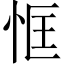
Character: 恇